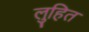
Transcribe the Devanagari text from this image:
लुहित